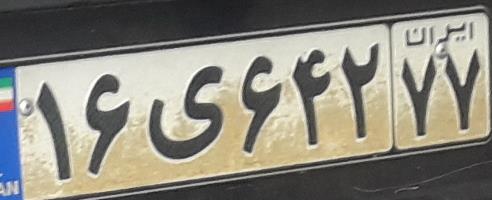
۱۶ی۶۴۲۷۷